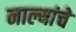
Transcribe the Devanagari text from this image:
नाल्यांचे